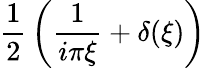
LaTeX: {\frac{1}{2}}\left({\frac{1}{i\pi\xi}}+\delta(\xi)\right)